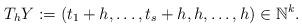
LaTeX: \begin{align*}T_{h}Y := (t_{1}+h,\ldots,t_{s}+h, h,\ldots,h) \in \mathbb{N}^k.\end{align*}